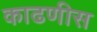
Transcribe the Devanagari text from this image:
काढणीस